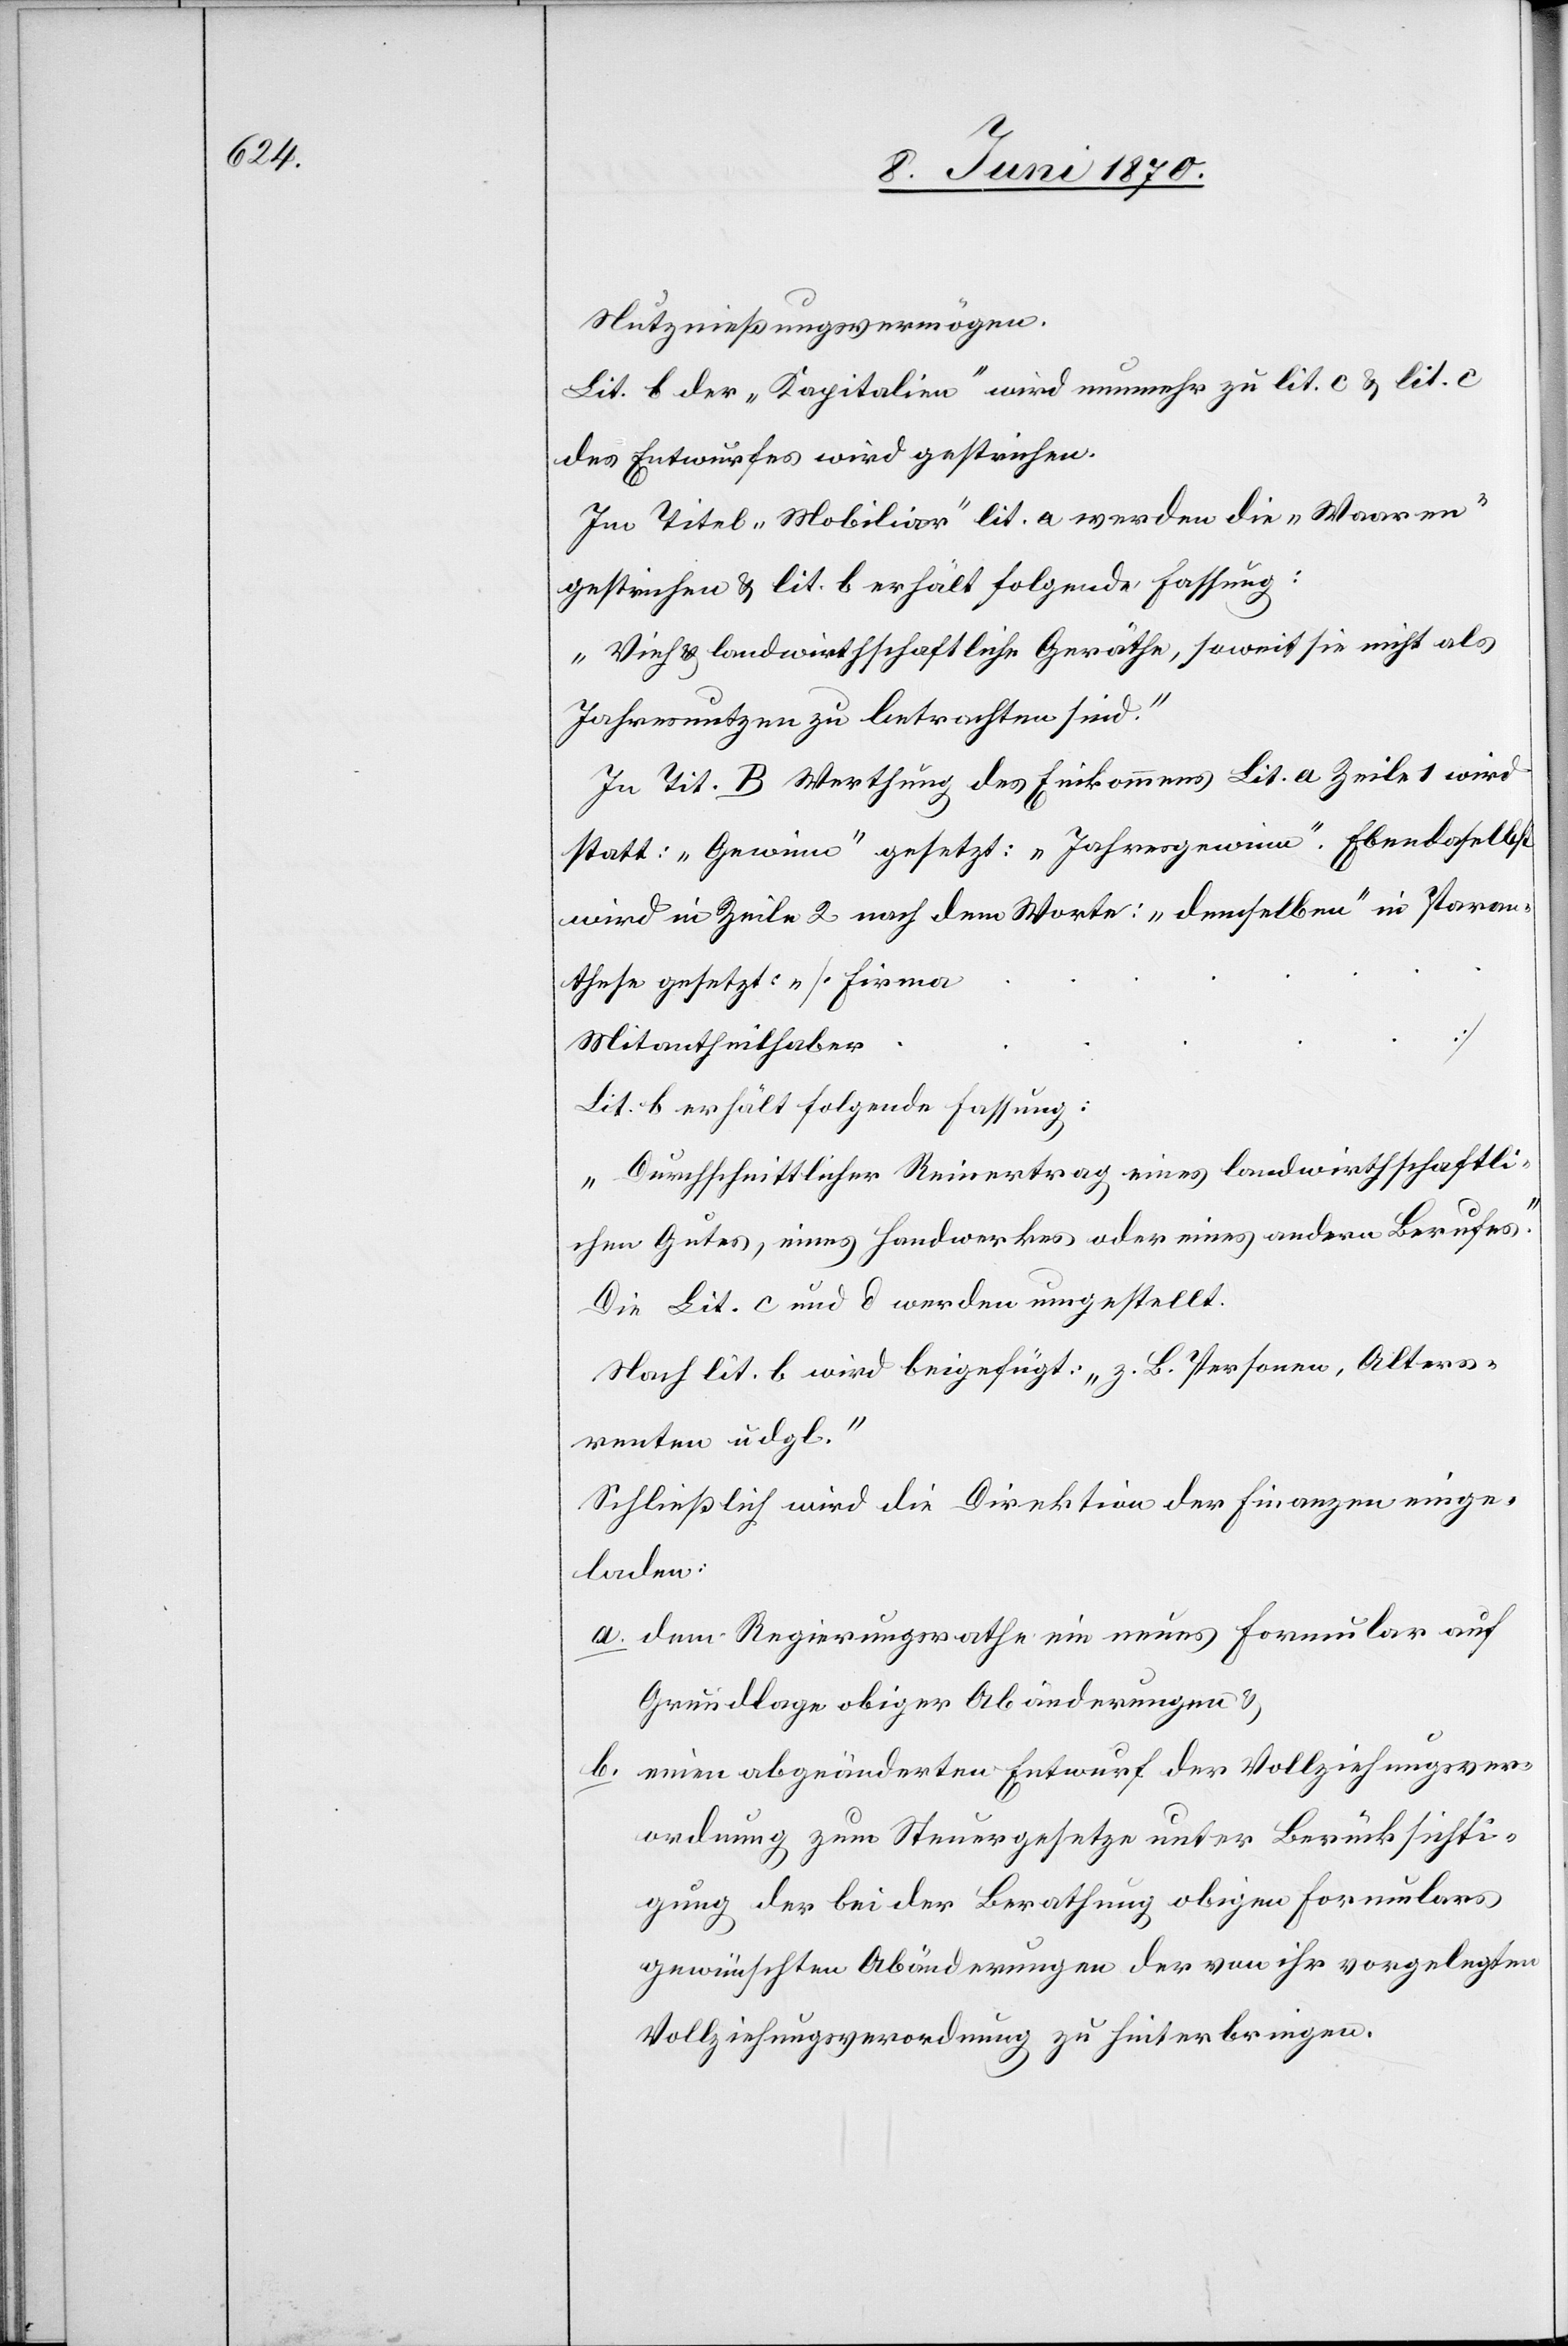
Nutznießungsvermögen.
Lit. b der „Kapitalien“ wird nunmehr zu lit. c & lit. c
des Entwurfes wird gestrichen.
Im Titel „Mobiliar“ lit. a werden die „Waaren“
gestrichen & lit. b erhält folgende Fassung:
„Vieh & landwirthschaftliche Geräthe, soweit sie nicht als
Jahresnutzen zu betrachten sind.“
In Tit. B Werthung des Einkommens Lit. a Zeile 1 wird
statt: „Gewinne“ gesetzt: „Jahresgewinn.“ ebendaselbst
wird in Zeile 2 nach dem Worte: „demselben“ in Paran¬
these gesetzt: [Firma
…
Mitantheilhaber
Lit. b erhält folgende Fassung:
„Durchschnittlicher Reinertrag eines landwirtschaftli¬
chen Gutes, eines Handwerkes oder eines andern Berufes.“
Die Lit. c und d. werden umgestellt.
Nach lit. b wird beigefügt: „z. B. Personen, Alters¬
renten udgl.“
Schließlich wird die Direktion der Finanzen einge¬
laden:
a. dem Regierungsrathe ein neues Formular auf
Grundlage obiger Abänderungen &
b. einen abgeänderten Entwurf der Vollziehungsver¬
ordnung zum Steuergesetze unter Berücksichti¬
gung der bei der Berathung obigen Formulars
gewünschten Abänderungen der von ihr vorgelegten
Vollziehungsverordnung zu hinterbringen.